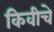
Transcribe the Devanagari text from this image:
किवीचे